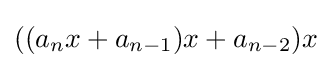
((a_{n}x+a_{n-1})x+a_{n-2})x